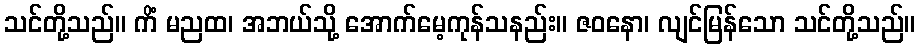
သင်တို့သည်။ ကိံ မညထ၊ အဘယ်သို့ အောက်မေ့ကုန်သနည်း။ ဇဝနော၊ လျင်မြန်သော သင်တို့သည်။